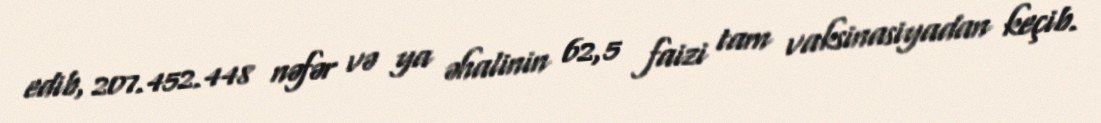
edib, 207.452.448 nəfər və ya əhalinin 62,5 faizi tam vaksinasiyadan keçib.